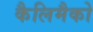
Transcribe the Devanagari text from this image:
कैलिमैको